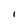
Character: I